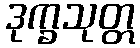
ဒုက္ခသုတ္တ